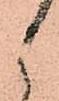
候